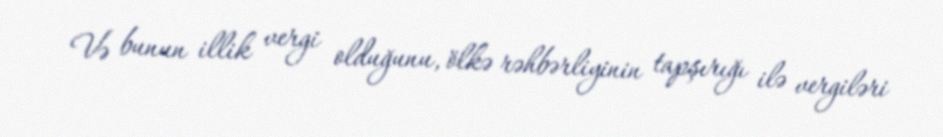
Və bunun illik vergi olduğunu, ölkə rəhbərliyinin tapşırığı ilə vergiləri